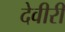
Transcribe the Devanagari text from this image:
देवीरी